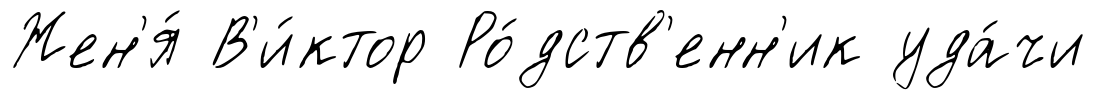
Жен'я́ В'и́ктор Ро́дств'енн'ик уда́чи